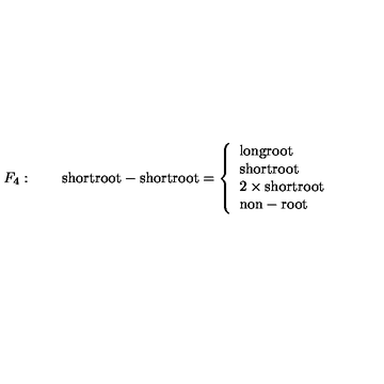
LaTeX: F _ { 4 } : \qquad \mathrm { s h o r t r o o t } - \mathrm { s h o r t r o o t } = \left\{ \begin{array} { l } { \mathrm { l o n g r o o t } } \\ { \mathrm { s h o r t r o o t } } \\ { 2 \times \mathrm { s h o r t r o o t } } \\ { \mathrm { n o n - r o o t } } \\ \end{array} \right.